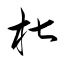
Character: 椒